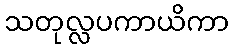
သတုလ္လပကာယိကာ